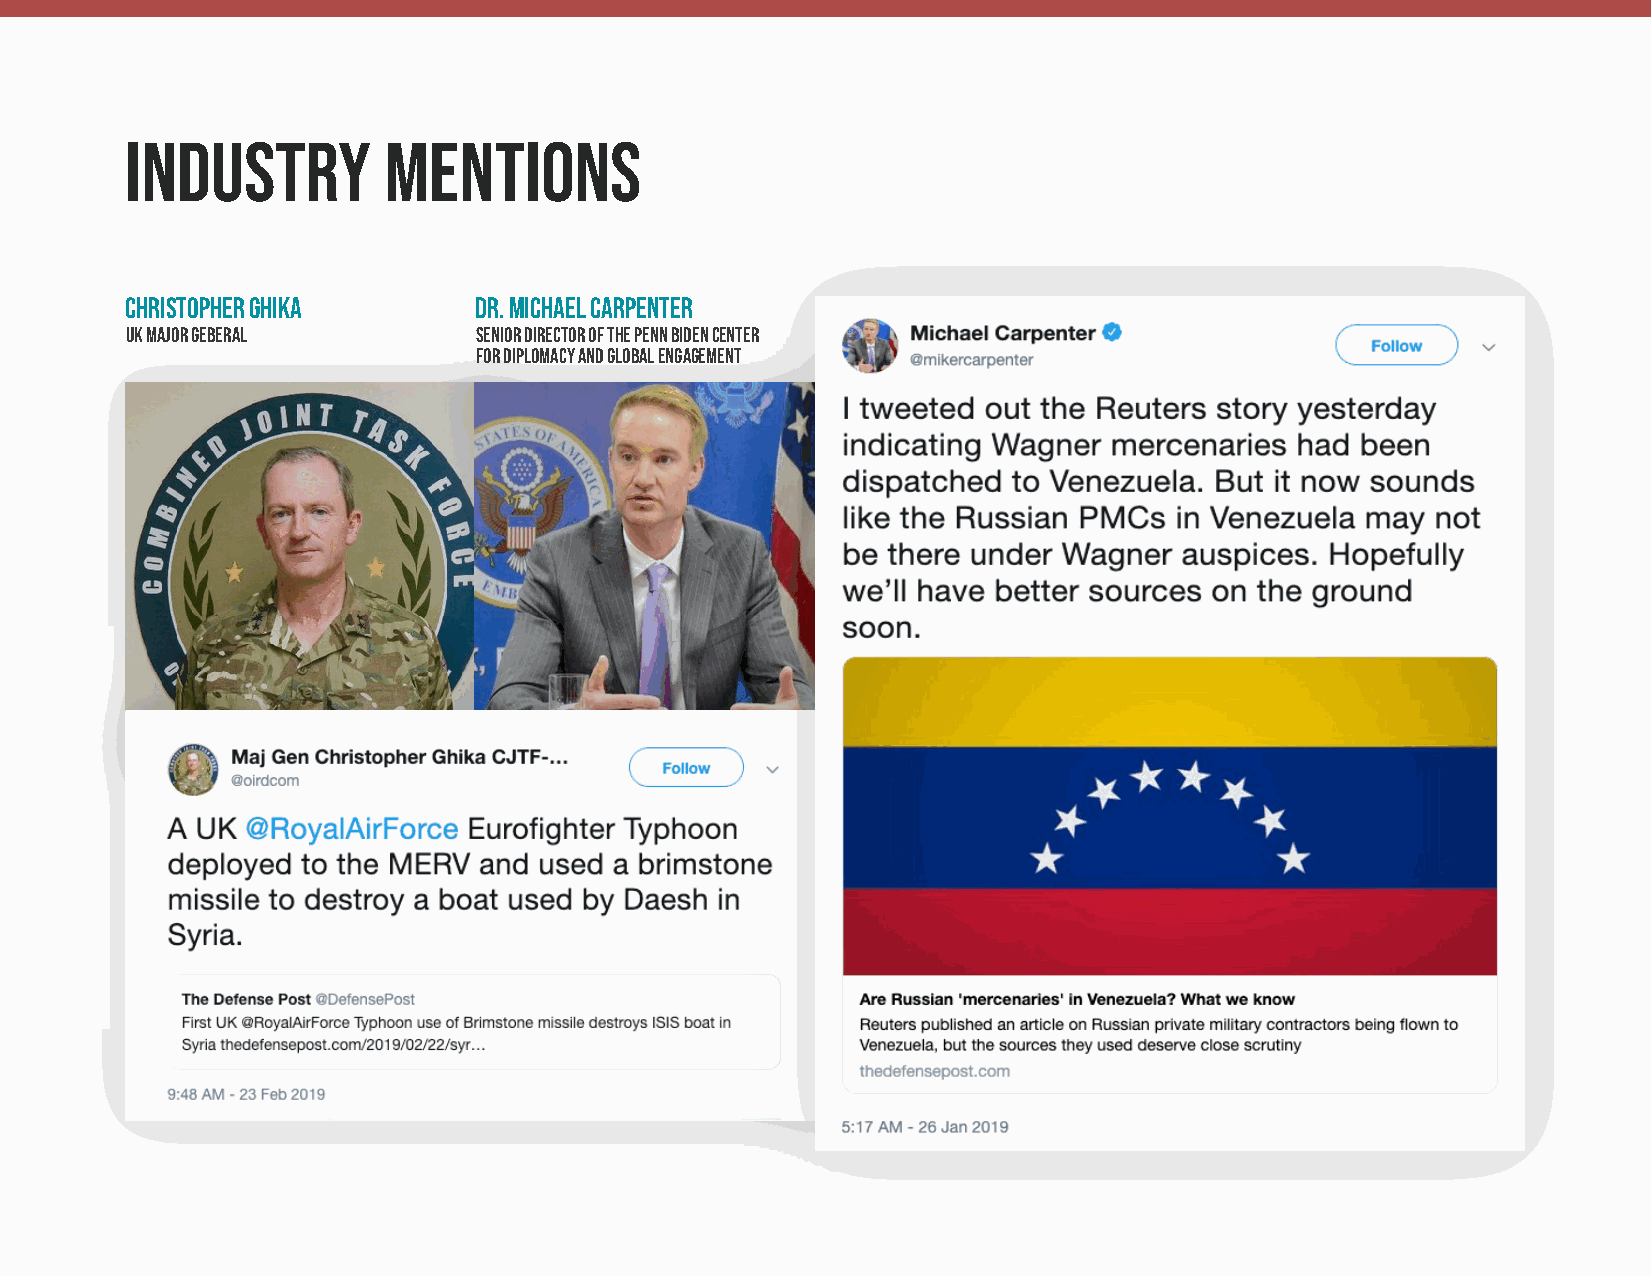
industry         mentions
 ChristopherGhika       Dr.MichaelCarpenter
 ukmajorgeberal          SeniorDirectorofthePennBidenCenter
 forDiplomacyandGlobalEngagement